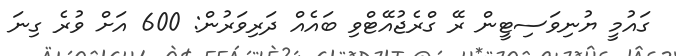
ގައުމީ ޔުނިވަސިޓީން ރޭ ގްރެޖުއޭޓްވި ބައެއް ދަރިވަރުން: 600 އަށް ވުރެ ގިނަ